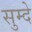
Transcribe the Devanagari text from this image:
सुम्दे